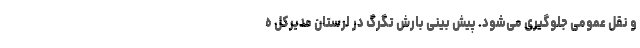
و نقل عمومی جلوگیری می‌شود. پیش بینی بارش تگرگ در لرستان مدیرکل ه